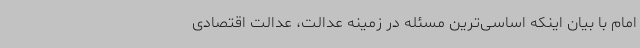
امام با بیان اینکه اساسی‌ترین مسئله در زمینه عدالت، عدالت اقتصادی